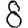
Digit: 8